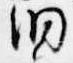
洞